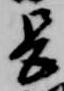
長